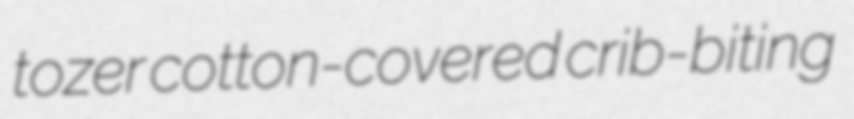
tozer cotton-covered crib-biting